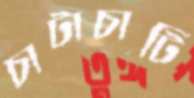
চাটাচাটি